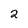
Character: 2